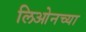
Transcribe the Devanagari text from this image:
लिओनच्या